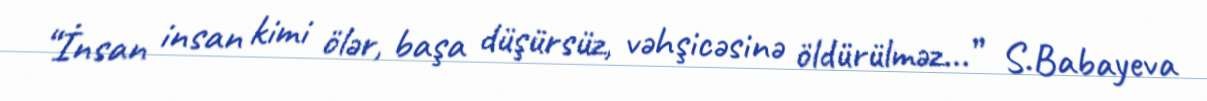
“İnsan insan kimi ölər, başa düşürsüz, vəhşicəsinə öldürülməz...” S.Babayeva